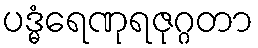
ပဒ္မံရေဏုရဇုဂ္ဂတာ